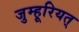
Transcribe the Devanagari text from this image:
जुम्हूरियत्